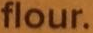
flour.